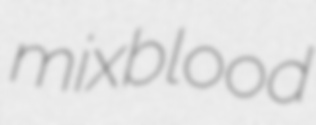
mixblood